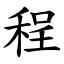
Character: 程